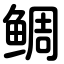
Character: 鲷